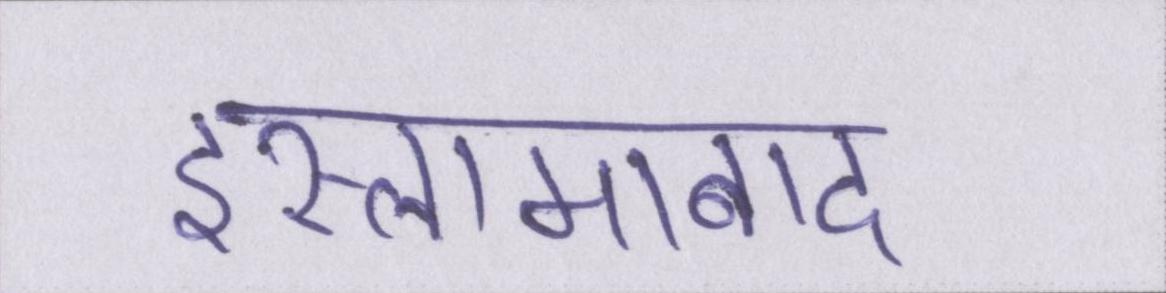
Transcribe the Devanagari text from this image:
इस्लामाबाद